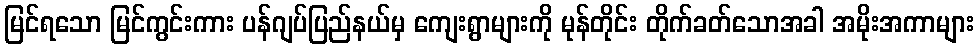
မြင်ရသော မြင်ကွင်းကား ပန်ဂျပ်ပြည်နယ်မှ ကျေးရွာများကို မုန်တိုင်း တိုက်ခတ်သောအခါ အမိုးအကာများ